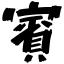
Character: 賓